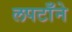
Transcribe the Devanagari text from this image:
लपटाँने